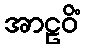
အာဠဝိံ